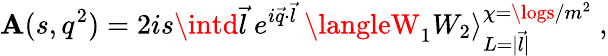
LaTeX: \mathbf{A}(s,q^{2})=2is\intd\vec{{l}}\ e^{i\vec{{q}}\cdot\vec{{l}}}\ \langleW_{1}W_{2}\rangle_{L=|\vec{{l}}|}^{\chi=\logs/m^{2}}\ ,